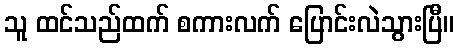
သူ ထင်သည်ထက် စကားလက် ပြောင်းလဲသွားပြီ။